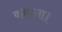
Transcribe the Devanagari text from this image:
कामना।